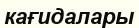
кағидалары